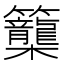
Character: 𥸉